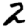
Digit: 2